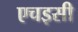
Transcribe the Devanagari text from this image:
एचइसी